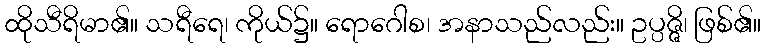
ထိုသီရိမာ၏။ သရီရေ၊ ကိုယ်၌။ ရောဂေါစ၊ အနာသည်လည်း။ ဥပ္ပဇ္ဇိ၊ ဖြစ်၏။